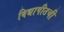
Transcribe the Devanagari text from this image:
विद्यापीठची